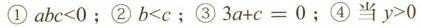
①$$a b c < 0$$；②$$b < c$$；③$$3 a + c = 0$$；④当$$y > 0$$